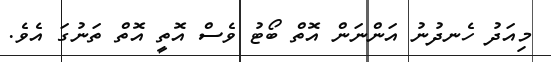
މިއަދު ހެނދުނު އަންނަން އޮތް ބޯޓު ވެސް އޮތީ އޮތް ތަނުގަ އެވެ.